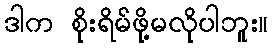
ဒါက စိုးရိမ်ဖို့မလိုပါဘူး။